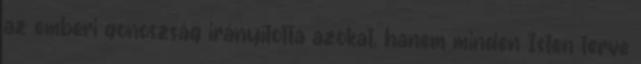
az emberi gonoszság irányította azokat, hanem minden Isten terve